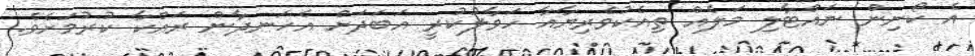
އެ ކޯނިން ނައްޓާލި މަލެއް ތިއެކުވެރިޔާއާ ހަވާލުކުރީ އަބަދަށް އެހަނދާން ރައްކާ ކުރުމަށެވެ.